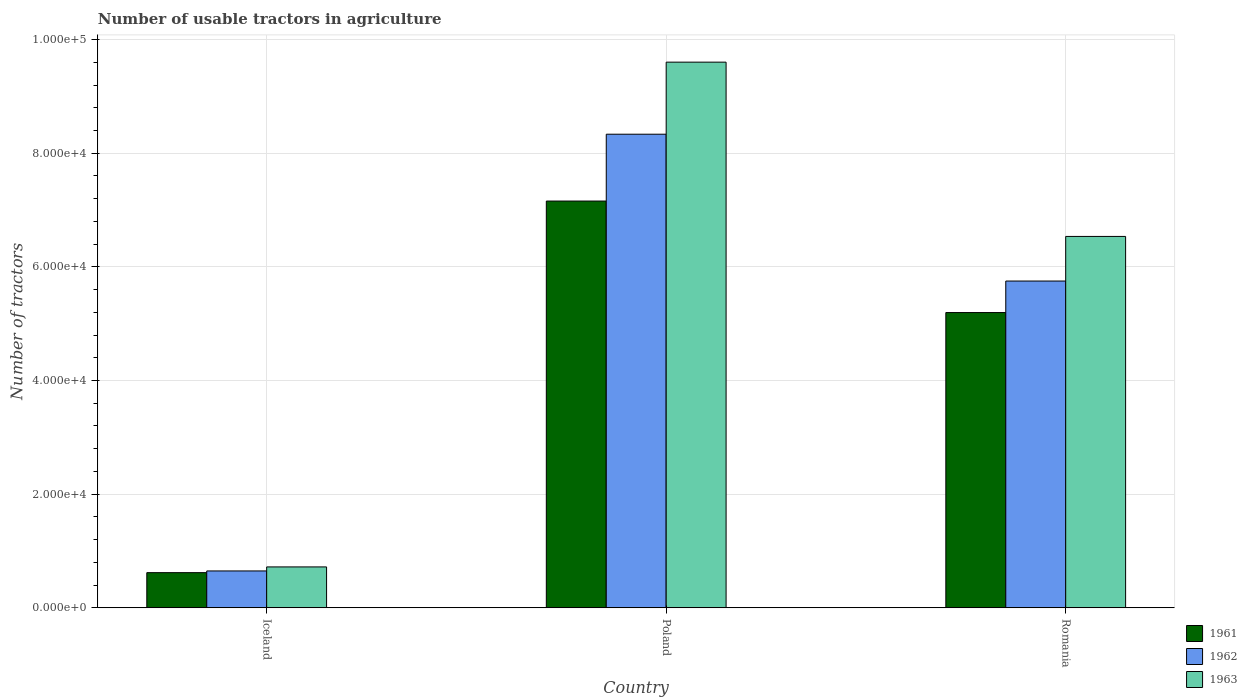
| Country | 1961 | 1962 | 1963 |
 | --- | --- | --- | --- |
 | Iceland | 6.18e+03 | 6.48e+03 | 7.19e+03 |
 | Poland | 7.16e+04 | 8.33e+04 | 9.6e+04 |
 | Romania | 5.2e+04 | 5.75e+04 | 6.54e+04 |